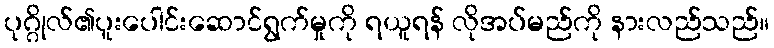
ပုဂ္ဂိုလ်၏ပူးပေါင်းဆောင်ရွက်မှုကို ရယူရန် လိုအပ်မည်ကို နားလည်သည်။